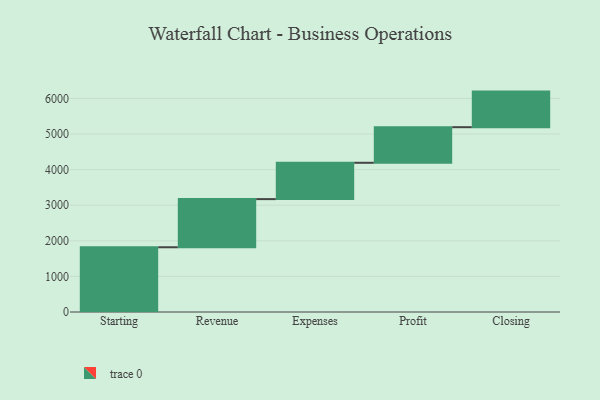
{"axis": {"x": "Step", "y": "Value"}, "legend": [""], "data": [{"x": "Starting", "y": 1819.0, "type": ""}, {"x": "Revenue", "y": 1353.0, "type": ""}, {"x": "Expenses", "y": 1021.0, "type": ""}, {"x": "Profit", "y": 1000, "type": ""}, {"x": "Closing", "y": 1000, "type": ""}]}